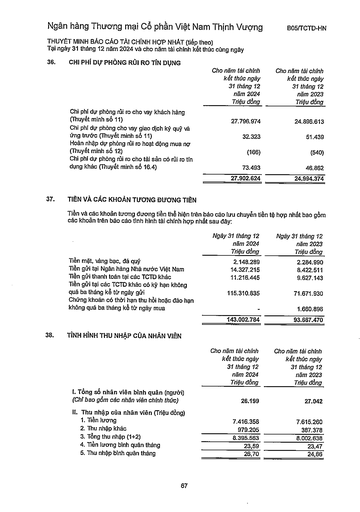
||Cho năm tài chính kết thúc ngày 31 tháng 12 năm 2024 Triệu đồng|Cho năm tài chính kết thúc ngày 31 tháng 12 năm 2023 Triệu đồng| |---|---|---| |Chi phí dự phòng rủi ro cho vay khách hàng (Thuyết minh số 11)|27.796.974|24.896.613| |Chi phí dự phòng cho vay giao dịch ký quỹ và ứng trước (Thuyết minh số 11)|32.323|51.439| |Hoàn nhập dự phòng rủi ro hoạt động mua nợ (Thuyết minh số 12)|(166)|(540)| |Chi phí dự phòng rủi ro cho tài sản có rủi ro tín dụng khác (Thuyết minh số 16.4)|73.493|46.862| ||27.902.624|24.994.374| ||Ngày 31 tháng 12 năm 2024 Triệu đồng|Ngày 31 tháng 12 năm 2023 Triệu đồng| |---|---|---| |Tiền mặt, vàng bạc, đá quý|2.148.289|2.284.990| |Tiền gửi tại Ngân hàng Nhà nước Việt Nam|14.327.215|8.422.511| |Tiền gửi thanh toán tại các TCTD khác|11.216.445|9.627.143| |Tiền gửi tại các TCTD khác có kỳ hạn không quá ba tháng kể từ ngày gửi|115.310.835|71.671.930| |Chứng khoán có thời hạn thu hồi hoặc đáo hạn không quá ba tháng kể từ ngày mua||1.660.896| ||143.002.784|93.667.470| ||Cho năm tài chính kết thúc ngày 31 tháng 12 năm 2024 Triệu đồng|Cho năm tài chính kết thúc ngày 31 tháng 12 năm 2023 Triệu đồng| |---|---|---| |I. Tổng số nhân viên bình quân (người) (Chỉ bao gồm các nhân viên chính thức)|26.199|27.042| |II. Thu nhập của nhân viên (Triệu đồng) 1. Tiền lương|7.416.358|7.615.260| |2. Thu nhập khác|979.205|387.378| |3. Tổng thu nhập (1+2)|8.395.563|8.002.638| |4. Tiền lương bình quân tháng|23,59|23,47| |5. Thu nhập bình quân tháng|26,70|24,66|